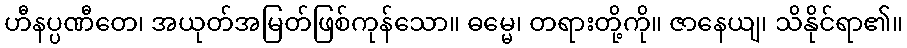
ဟီနပ္ပဏီတေ၊ အယုတ်အမြတ်ဖြစ်ကုန်သော။ ဓမ္မေ၊ တရားတို့ကို။ ဇာနေယျ၊ သိနိုင်ရာ၏။